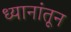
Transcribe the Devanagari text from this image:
ध्यानांतून